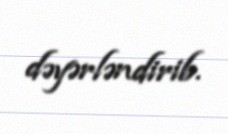
dəyərləndirib.